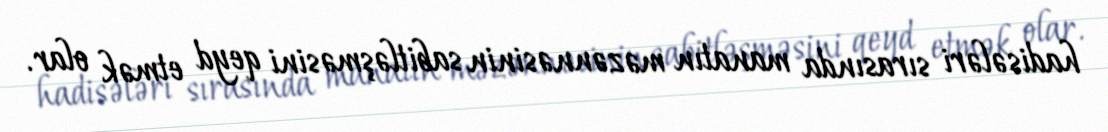
hadisələri sırasında manatın məzənnəsinin sabitləşməsini qeyd etmək olar.